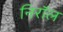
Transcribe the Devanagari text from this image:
निरॉल